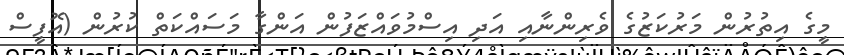
މީގެ އިތުރުން މަރުކަޒުގެ ވެރިންނާއި އަދި އިސްމުވައްޒަފުން އަންގާ މަސައްކަތް ކުރުން (އޮފީސް